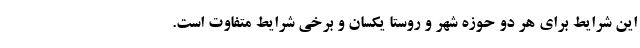
این شرایط برای هر دو حوزه شهر و روستا یکسان و برخی شرایط متفاوت است.